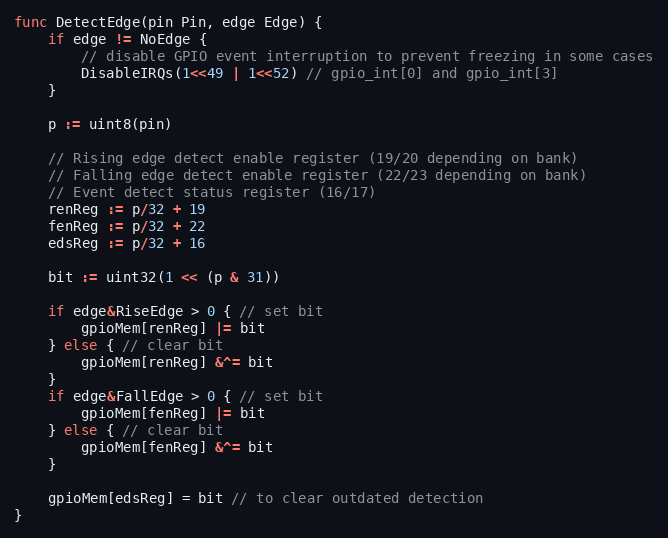
Language: Go
func DetectEdge(pin Pin, edge Edge) {
	if edge != NoEdge {
		// disable GPIO event interruption to prevent freezing in some cases
		DisableIRQs(1<<49 | 1<<52) // gpio_int[0] and gpio_int[3]
	}

	p := uint8(pin)

	// Rising edge detect enable register (19/20 depending on bank)
	// Falling edge detect enable register (22/23 depending on bank)
	// Event detect status register (16/17)
	renReg := p/32 + 19
	fenReg := p/32 + 22
	edsReg := p/32 + 16

	bit := uint32(1 << (p & 31))

	if edge&RiseEdge > 0 { // set bit
		gpioMem[renReg] |= bit
	} else { // clear bit
		gpioMem[renReg] &^= bit
	}
	if edge&FallEdge > 0 { // set bit
		gpioMem[fenReg] |= bit
	} else { // clear bit
		gpioMem[fenReg] &^= bit
	}

	gpioMem[edsReg] = bit // to clear outdated detection
}